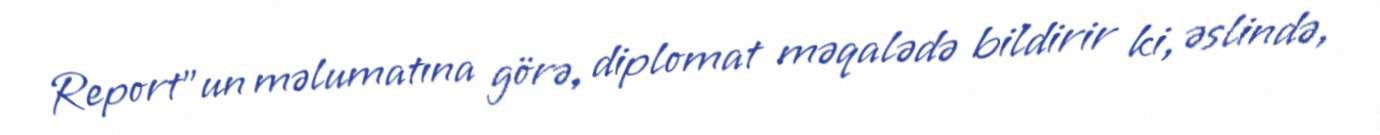
Report"un məlumatına görə, diplomat məqalədə bildirir ki, əslində,